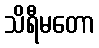
သိရီမတော